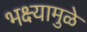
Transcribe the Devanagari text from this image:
भक्ष्यामुळे